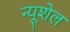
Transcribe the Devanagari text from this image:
न्यूशेल